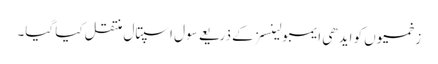
زخمیوں کو ایدھی ایمبولینسز کے ذریعے سول اسپتال منتقل کیا گیا۔